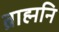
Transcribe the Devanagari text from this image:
ब्राह्मनि